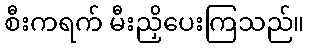
စီးကရက် မီးညှိပေးကြသည်။